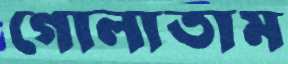
গোলাতাম